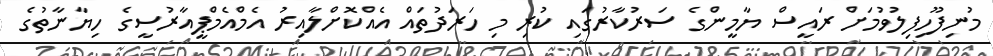
މުނިފޫހިފިލުވުމަށް ރައީސް ޔާމީންގެ ސަރުކާރުގައި ކުރި މި ހަރަދުތައް އެއްކޮށްލާއިރު އެމްއެމްޕީއާރުސީގެ ހިޔާނާތުގެ